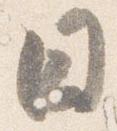
日